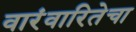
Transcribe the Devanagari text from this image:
वारंवारितेचा